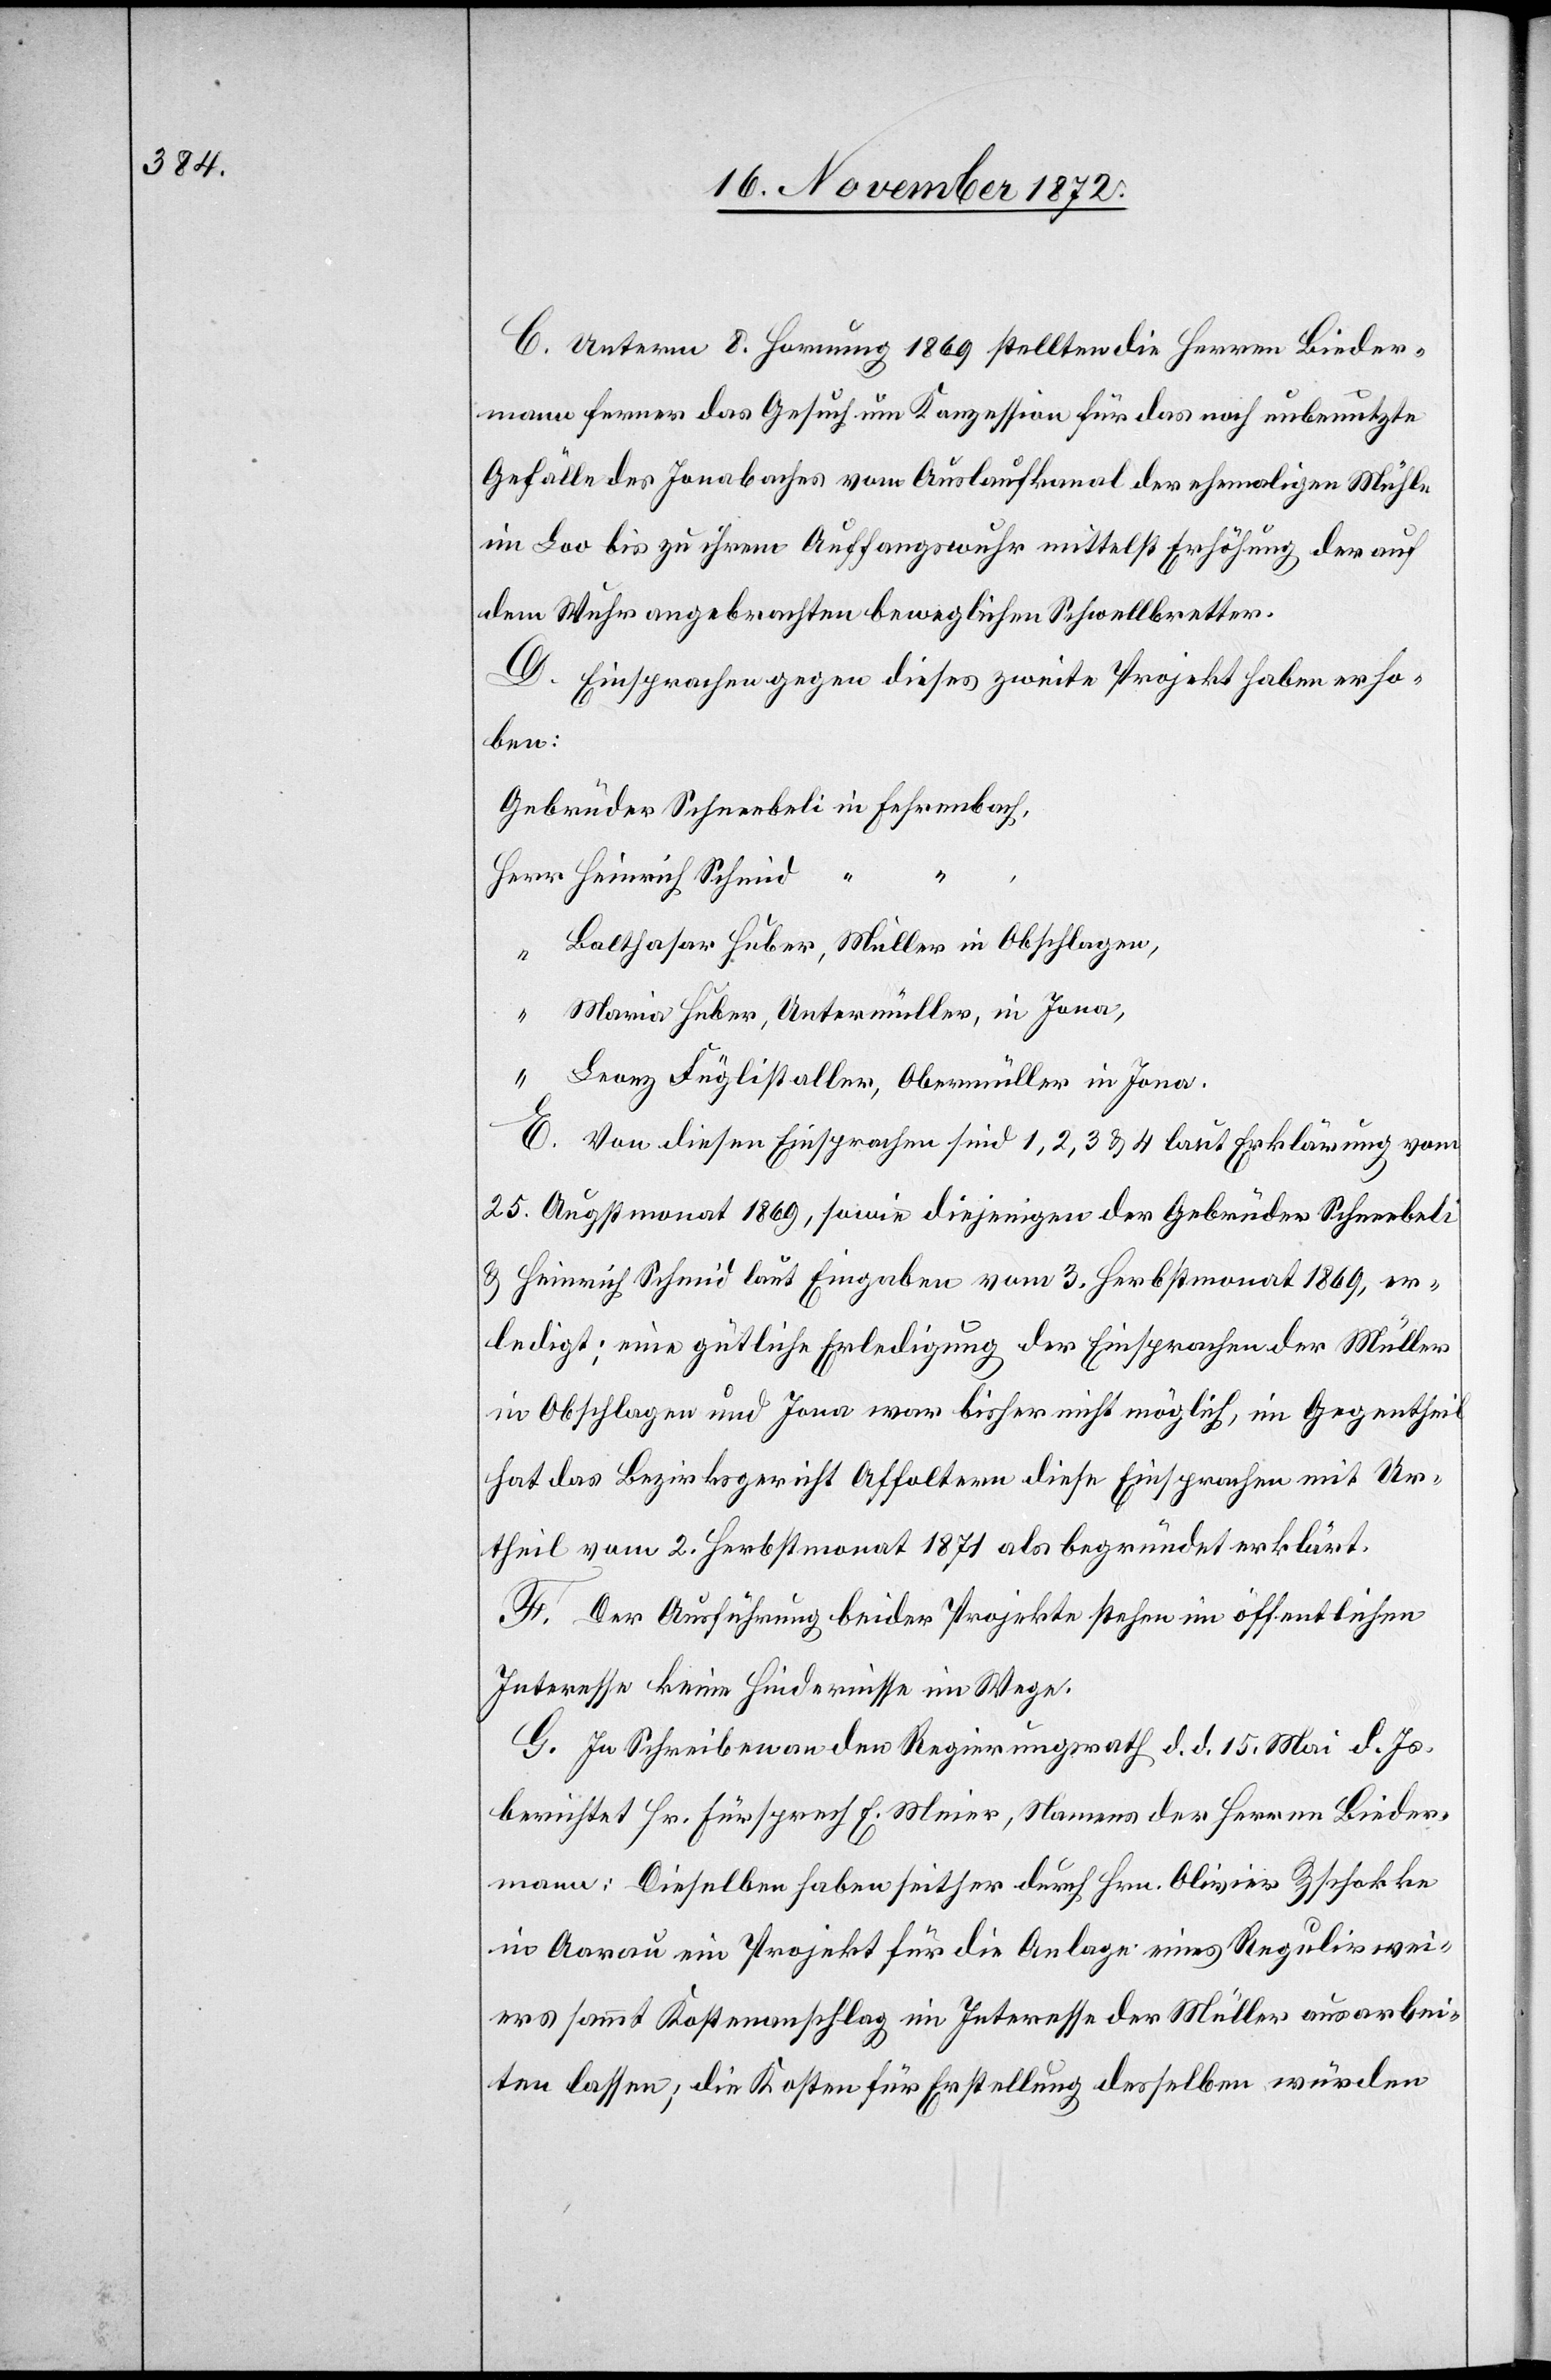
C. Unterm 8. Hornung 1869 stellten die Herren Bieder¬
mann ferner das Gesuch um Konzession für das noch unbenutzte
Gefälle des Jonabaches vom Auslaufkanal der ehemaligen Mühle
im Loo bis zu ihrem Auffangswuhr mittelst Erhöhung der auf
dem Wuhr angebrachten beweglichen Schwellbretter.
D. Einsprachen gegen dieses zweite Projekt haben erho¬
ben:
Gebrüder Schneebeli in Fehrenbach,
Balthasar Huber, Müller in Obschlagen,
Maria Huber, Untermüller, in Jona,
“
Leonz Füglistaller, Obermüller in Jona.
E. Von diesen Einsprachen sind 1, 2, 3 u. 4 laut Erklärung vom
25. Augstmonat 1869, sowie diejenigen der Gebrüder Schneebeli
u. Heinrich Schmid laut Eingaben vom 3. Herbstmonat 1869, er¬
ledigt; eine gütliche Erledigung der Einsprachen der Müller
in Obschlagen und Jona war bisher nicht möglich, im Gegentheil
hat das Bezirksgericht Affoltern diese Einsprachen mit Ur¬
theil vom 2. Herbstmonat 1871 als begründet erklärt.
F. Der Ausführung beider Projekte stehen im öffentlichen
Interesse keine Hindernisse im Wege.
G. In Schreiben an den Regierungsrath d. d. 15. Mai d. Js.
berichtet Hr. Fürsprech E. Meier, Namens der Herren Bieder¬
mann: Dieselben haben seither durch Hrn. Olivier Zschokke
in Aarau ein Projekt für die Anlage eines Regulirwei¬
ers sammt Kostenanschlag im Interesse der Müller ausarbei¬
ten lassen; die Kosten für Erstellung desselben würden